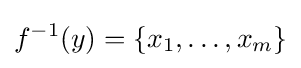
f^{-1}(y)=\{x_{1},\dots ,x_{m}\}